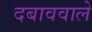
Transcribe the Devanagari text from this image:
दबाववाले